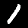
Digit: 1